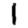
Digit: 1